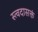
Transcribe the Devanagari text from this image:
स्त्वदासक्तं